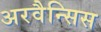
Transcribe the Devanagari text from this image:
अरवैन्सिस